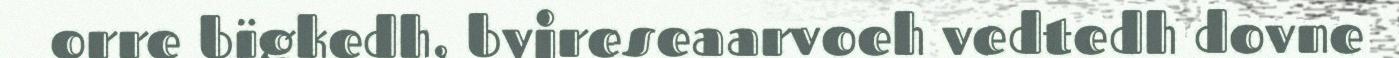
orre bïgkedh, byjreseaarvoeh vedtedh dovne